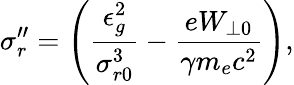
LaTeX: \sigma_{r}^{\prime\prime}=\left(\frac{\epsilon_{g}^{2}}{\sigma_{r0}^{3}}-\frac{eW_{\perp 0}}{\gamma m_{e}c^{2}}\right),